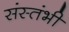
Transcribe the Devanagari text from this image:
संस्तंभी